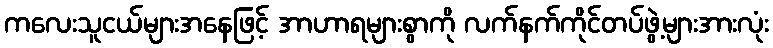
ကလေးသူငယ်များအနေဖြင့် အာဟာရများစွာကို လက်နက်ကိုင်တပ်ဖွဲ့များအားလုံး